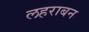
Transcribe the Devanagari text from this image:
लहराबन